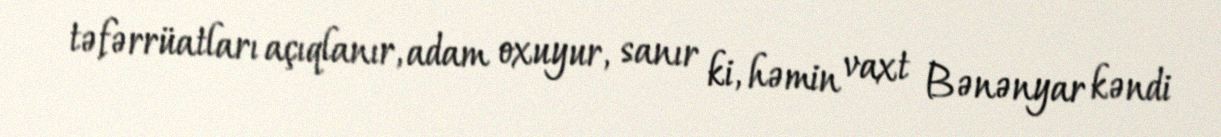
təfərrüatları açıqlanır, adam oxuyur, sanır ki, həmin vaxt Bənənyar kəndi